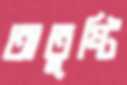
অতুষ্টি